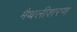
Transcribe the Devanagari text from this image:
मैथलीशरण